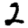
Digit: 2